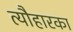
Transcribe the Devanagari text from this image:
त्यौहारका